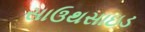
સાઉથસાઇડ